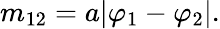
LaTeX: m_{12}=a|\varphi_{1}-\varphi_{2}|.